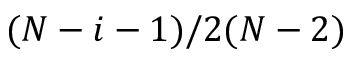
( N - i - 1 ) / 2 ( N - 2 )